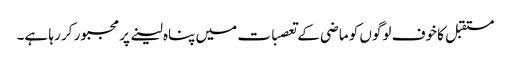
مستقبل کا خوف لوگوں کو ماضی کے تعصبات میں پناہ لینے پر مجبور کر رہا ہے۔